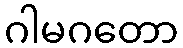
ဂါမဂတော